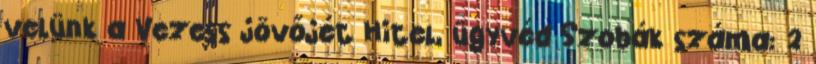
velünk a Vezess jövőjét Hitel, ügyvéd Szobák száma: 2